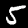
Digit: 5